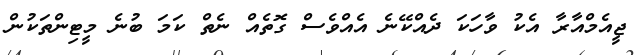
ޖީއެމްއާރާ އެކު ވާހަކަ ދެއްކޭނެ އެއްވެސް ގޮތެއް ނެތް ކަމަ ބުނެ މީޓިންތަކުން